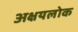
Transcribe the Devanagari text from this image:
अक्षयलोक